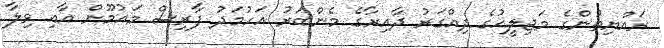
ރައްޔިތުންގެ މަޖިލީހުގެ ދިއްގަރު ދާއިރާގެ މެންބަރު އަހުމަދު ފާރިސް މައުމޫން އާއި ވިލާ